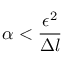
\alpha < \frac { \epsilon ^ { 2 } } { \Delta l }